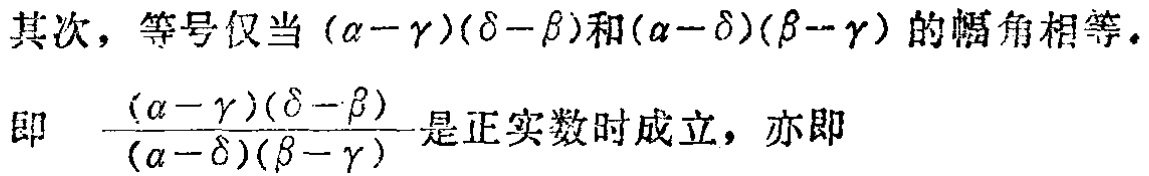
其次，等号仅当$(\alpha - \gamma)(\delta - \beta)$和$(\alpha - \delta)(\beta - \gamma)$的幅角相等。
即 \(\frac{(\alpha - \gamma)(\delta - \beta)}{(\alpha - \delta)(\beta - \gamma)}\)是正实数时成立，亦即